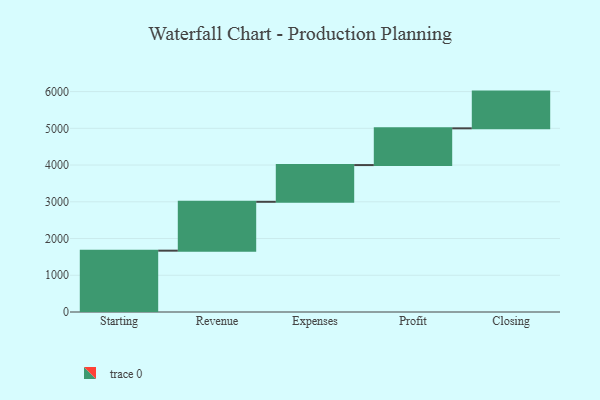
{"axis": {"x": "Step", "y": "Value"}, "legend": [""], "data": [{"x": "Starting", "y": 1670.0, "type": ""}, {"x": "Revenue", "y": 1330.0, "type": ""}, {"x": "Expenses", "y": 1000, "type": ""}, {"x": "Profit", "y": 1000, "type": ""}, {"x": "Closing", "y": 1000, "type": ""}]}